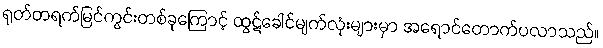
ရုတ်တရက်မြင်ကွင်းတစ်ခုကြောင့် ထွဋ်ခေါင်မျက်လုံးများမှာ အရောင်တောက်ပလာသည်။